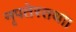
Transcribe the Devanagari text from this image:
नृपतेस्तथा।